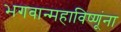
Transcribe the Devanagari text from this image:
भगवान्महाविष्णूंना